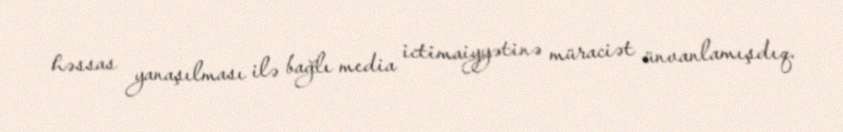
həssas yanaşılması ilə bağlı media ictimaiyyətinə müraciət ünvanlamışdıq.